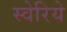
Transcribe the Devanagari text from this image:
स्वेरिये